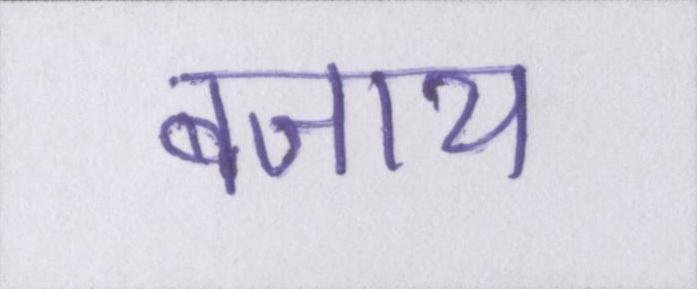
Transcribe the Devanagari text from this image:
बजाय